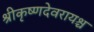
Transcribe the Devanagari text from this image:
श्रीकृष्णदेवरायश्च